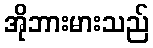
အိုဘားမားသည်